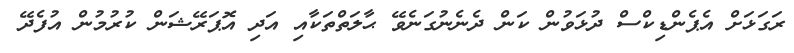
ރަގަޅަށް އެޕެންޑިކްސް ދުޅަވުން ކަން ދެނެނުގަނެވޭ ޙާލަތްތަކާއި އަދި އޮޕަރޭޝަން ކުރުމުން އުފެދޭ